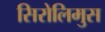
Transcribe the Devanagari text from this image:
सिरोलिमुस